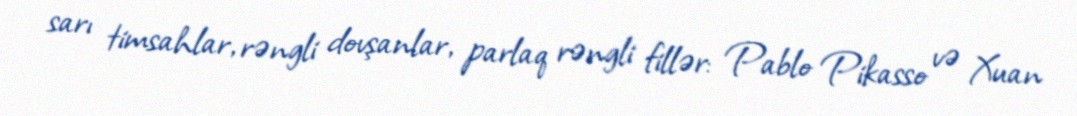
sarı timsahlar, rəngli dovşanlar, parlaq rəngli fillər: Pablo Pikasso və Xuan